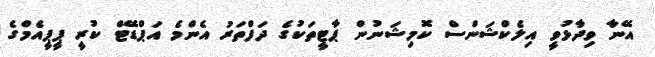
އޭނާ ވިދާޅުވީ އިލެކްޝަންސް ކޮމިޝަނުން ޕާޓީތަކުގެ ދަފްތަރު އެންމެ އަޕްޑޭޓް ކުރީ ޕީޕީއެމްގެ